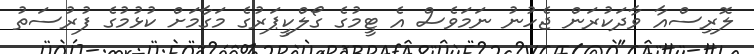
ލޮރިސްއާ ވާދަކުރަން ޖެހުނު ނަމަވެސް އެ ޓީމުގެ ގޯލްކީޕަރުގެ މަގާމަށް ކުޅުމުގެ ފުރުސަތު